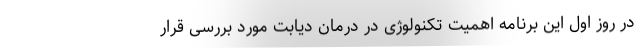
در روز اول این برنامه اهمیت تکنولوژی در درمان دیابت مورد بررسی قرار